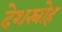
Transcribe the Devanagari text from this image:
देशस्रोह